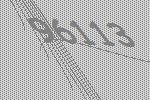
96113